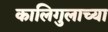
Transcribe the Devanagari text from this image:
कालिगुलाच्या